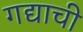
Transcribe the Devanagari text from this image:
गद्याची